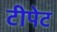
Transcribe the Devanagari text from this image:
टीपेट